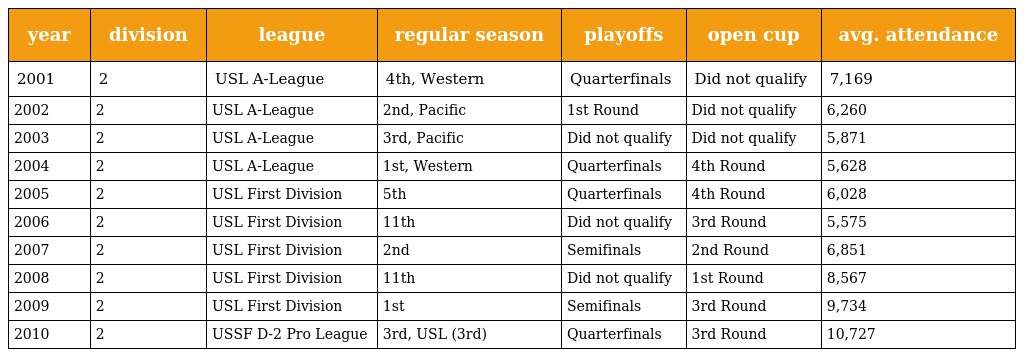
| year | division | league | regular season | playoffs | open cup | avg. attendance |
 | --- | --- | --- | --- | --- | --- | --- |
 | 2001 | 2 | USL A-League | 4th, Western | Quarterfinals | Did not qualify | 7,169 |
 | 2002 | 2 | USL A-League | 2nd, Pacific | 1st Round | Did not qualify | 6,260 |
 | 2003 | 2 | USL A-League | 3rd, Pacific | Did not qualify | Did not qualify | 5,871 |
 | 2004 | 2 | USL A-League | 1st, Western | Quarterfinals | 4th Round | 5,628 |
 | 2005 | 2 | USL First Division | 5th | Quarterfinals | 4th Round | 6,028 |
 | 2006 | 2 | USL First Division | 11th | Did not qualify | 3rd Round | 5,575 |
 | 2007 | 2 | USL First Division | 2nd | Semifinals | 2nd Round | 6,851 |
 | 2008 | 2 | USL First Division | 11th | Did not qualify | 1st Round | 8,567 |
 | 2009 | 2 | USL First Division | 1st | Semifinals | 3rd Round | 9,734 |
 | 2010 | 2 | USSF D-2 Pro League | 3rd, USL (3rd) | Quarterfinals | 3rd Round | 10,727 |